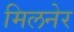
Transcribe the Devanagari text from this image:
मिलनेर